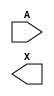
module sky130_fd_sc_lp__dlybuf4s15kapwr (
    //# {{data|Data Signals}}
    input  A,
    output X
);

    // Voltage supply signals
    supply1 VPWR ;
    supply0 VGND ;
    supply1 KAPWR;
    supply1 VPB  ;
    supply0 VNB  ;

endmodule